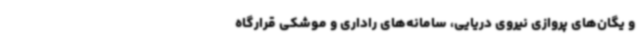
و یگان‌های پروازی نیروی دریایی، سامانه‌های راداری و موشکی قرارگاه